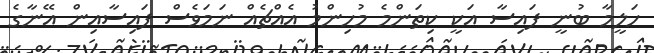
ހަލީމާ ބުނީ ފައިސާ އަކީ ކިތަންމެ މުހިންމު އެއްޗެއް ނަމަވެސް ފައިސާއިން އޭނާގެ